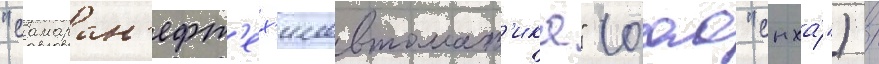
"самаран'ефт'ех'имавтомат'ика" (оао "снха́") /